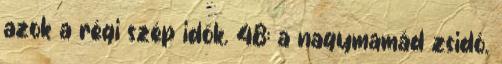
azok a régi szép idők. 48: a nagymamád zsidó.